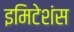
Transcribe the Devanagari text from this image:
इमिटेशंस